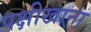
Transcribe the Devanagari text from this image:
पक्षीखाना